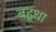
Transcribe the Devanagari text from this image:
बहूधा